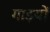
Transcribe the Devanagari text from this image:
गाइयों